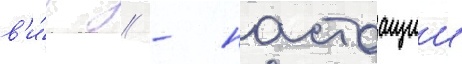
в'и́д // - настоащии